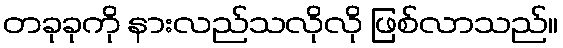
တခုခုကို နားလည်သလိုလို ဖြစ်လာသည်။